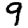
Digit: 9